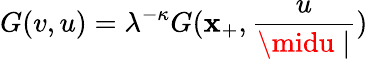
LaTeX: G(v,u)=\lambda^{-\kappa}G(\mathbf{x}_{+},\frac{{u}}{{\midu\mid}})